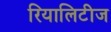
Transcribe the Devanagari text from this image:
रियालिटीज